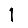
Digit: 1